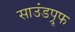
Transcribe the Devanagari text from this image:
साउंडप्रूफ